Indian journal of veterinary science and animal husbandry - Volumes 18-21, 1948-1951
Year: 1948
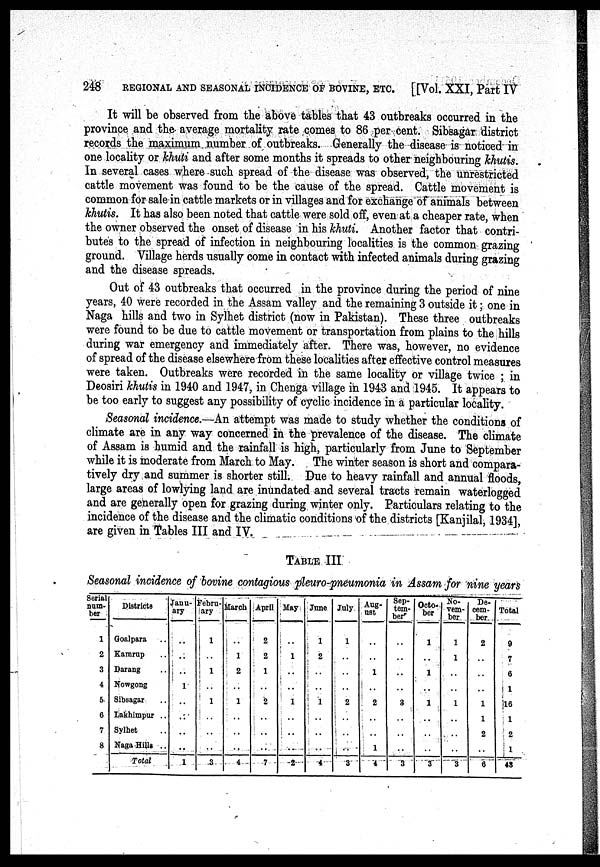
248
REGIONAL AND SEASONAL INCIDENCE OF BOVINE, ETC.
[ [Vol. XXI, Part IV
It will be observed from the above tables that 43 outbreaks occurred in the
province and the average mortality rate comes to 86 per cent. Sibsagar district
records the maximum number of outbreaks. Generally the disease is noticed in
one locality or khuti and after some months it spreads to other neighbouring khutis.
In several cases where such spread of the disease was observed, the unrestricted
cattle movement was found to be the cause of the spread. Cattle movement is
common for sale in cattle markets or in villages and for exchange of animals between
khutis. It has also been noted that cattle were sold off, even at a cheaper rate, when
the owner observed the onset of disease in his khuti. Another factor that contri-
butes to the spread of infection in neighbouring localities is the common grazing
ground. Village herds usually come in contact with infected animals during grazing
and the disease spreads.
Out of 43 outbreaks that occurred in the province during the period of nine
years, 40 were recorded in the Assam valley and the remaining 3 outside it; one in
Naga hills and two in Sylhet district (now in Pakistan). These three outbreaks
were found to be due to cattle movement or transportation from plains to the hills
during war emergency and immediately after. There was, however, no evidence
of spread of the disease elsewhere from these localities after effective control measures
were taken. Outbreaks were recorded in the same locality or village twice; in
Deosiri khutis in 1940 and 1947, in Chenga village in 1943 and 1945. It appears to
be too early to suggest any possibility of cyclic incidence in a particular locality.
Seasonal incidence.—An attempt was made to study whether the conditions of
climate are in any way concerned in the prevalence of the disease. The climate
of Assam is humid and the rainfall is high, particularly from June to September
while it is moderate from March to May. The winter season is short and compara-
tively dry and summer is shorter still. Due to heavy rainfall and annual floods,
large areas of lowlying land are inundated and several tracts remain waterlogged
and are generally open for grazing during winter only. Particulars relating to the
incidence of the disease and the climatic conditions of the districts [Kanjilal, 1934],
are given in Tables III and IV.
TABLE III
Seasonal incidence of bovine contagious pleuro-pneumonia in Assam for nine years
Serial
num-
ber
1
2
3
4
5
6
7
8
Districts
Goalpara . .
Kamrup . .
Darang . .
Nowgong
Sibsagar . .
Lakhimpur ..
Sylhet . .
Naga Hills ..
Total
Janu-
ary
..
..
..
1
..
..
..
..
1
Febru-
ary
1
..
1
..
1
..
..
..
3
March
..
1
2
..
1
..
..
..
4
April
2
2
1
..
2
..
..
..
7
May
..
1
..
..
1
..
..
..
2
June
1
2
..
..
1
..
..
..
4
July
1
..
..
..
2
..
..
..
3
Aug-
ust
..
..
1
..
2
..
..
1
4
Sep-
tem-
ber
..
..
..
..
3
..
..
..
3
Octo-
ber
1
..
1
..
1
..
..
..
3
No-
vem-
ber
1
1
..
..
1
..
..
..
3
De-
cem-
ber
2
..
..
..
1
1
2
..
6
Total
9
7
6
1
16
1
2
1
48